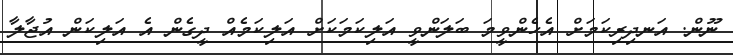
ނޫން. އަނދިރިކަމަށް އެހެންވީމަ ބަލަންވީ އަލިކަމަކަށް އަލިކަމެއް ދީގެން އެ އަލިކަން އުޖާލާ